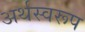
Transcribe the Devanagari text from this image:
अर्थस्वरूप